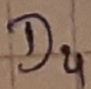
Text: D4